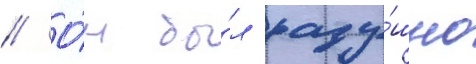
// О́н бы́л раду́шно